Report of the Municipal Commissioner on the plague in Bombay for the year ending 31st May... - Volume 3
Disease focus: Plague
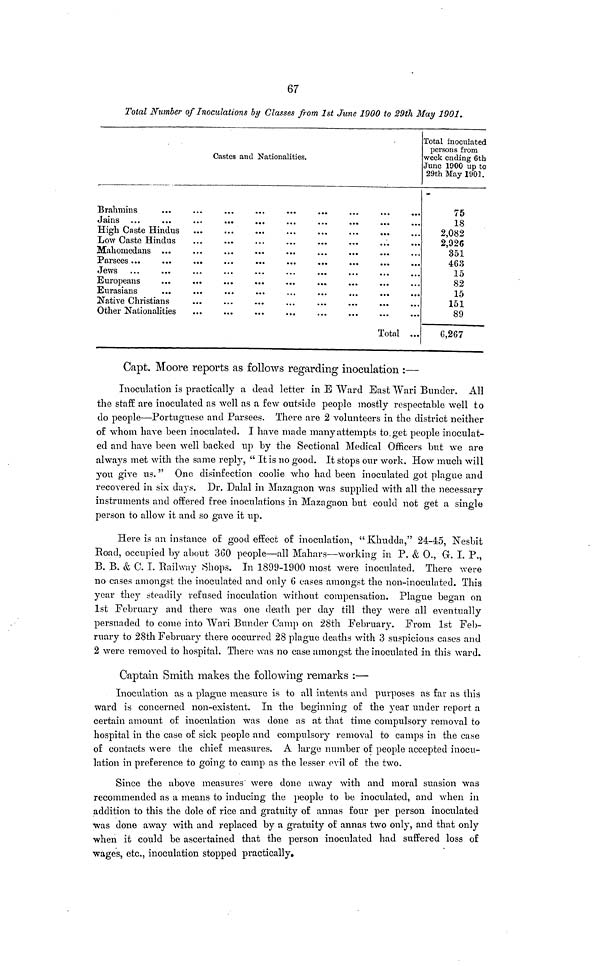
67
Total Number of Inoculations by Classes from 1st June 1900 to 29th May 1901.
Castes and Nationalities.
Jains
High Caste Hindus
Low Caste Hindus
Mahoniedans ...
Farsees ...
Jews
Europeans
Native Christians
Total ...
Total inoculated
persons from
week ending 6th
June 1900 up to
29th May 1901.
75
18
2,082
2,926
351
463
15
82
15
151
89
G,267
Capt. Moore reports as follows regarding inoculation :—
Inoculation is practically a dead letter in E Ward East Wari Bunder. All
the staff are inoculated as well as a few outside people mostly respectable well to
do people—Portuguese and Parsees. There are 2 volunteers in the district neither
of whom have been inoculated. I have made many attempts to get people inoculat-
ed and have been well backed up by the Sectional Medical Officers but we are
always met with the same reply, " It is no good. It stops our work. How much will
you give us. " One disinfection coolie who had been inoculated got plague and
recovered in six days. Dr. Dalai in Mazagaon was supplied with all the necessary
instruments and offered free inoculations in Mazagaon but could not get a single
person to allow it and so gave it up.
Here is an instance of good effect of inoculation, " Khudda," 24-45, Nesbit
Road, occupied by about 360 people—all Mahars—working in P. & O., G. I. P.,
B. B. & C. I. Railway Shops. In 1899-1900 most were inoculated. There were
no cases amongst the inoculated and only 6 cases amongst the non-inoculated. This
year they steadily refused inoculation without compensation. Plague began on
1st February and there was one death per day till they were all eventually
persuaded to come into Wari Bunder Camp on 28th February. From 1st Feb-
ruary to 28th February there occurred 28 plague deaths with 3 suspicious cases and
2 were removed to hospital. There was no case amongst the inoculated in this ward.
Captain Smith makes the following remarks :—
Inoculation as a plague measure is to all intents and purposes as far as this
ward is concerned non-existent. In the beginning of the year under report a
certain amount of inoculation was done as at that time compulsory removal to
hospital in the case of sick people and compulsory removal to camps in the case
of contacts were the chief measures. A large number of people accepted inocu-
lation in preference to going to camp as the lesser evil of the two.
Since the above measures were done away with and moral suasion was
recommended as a means to inducing the people to be inoculated, and when in
addition to this the dole of rice and gratuity of annas four per person inoculated
was done away with and replaced by a gratuity of annas two only, and that only
when it could be ascertained that the person inoculated had suffered loss of
wages, etc., inoculation stopped practically.